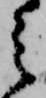
之